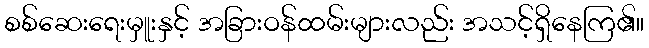
စစ်ဆေးရေးမှူးနှင့် အခြားဝန်ထမ်းများလည်း အသင့်ရှိနေကြ၏။